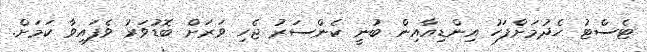
ޓެސްޓު ހެދުމަށްފަހު އިންޑިއާއިން ބުނީ ކެންސަރު ޖެހި ވަރަށް ބޮޑުވަރު ވެފައިވާ ކަމަށް.